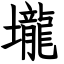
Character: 壠